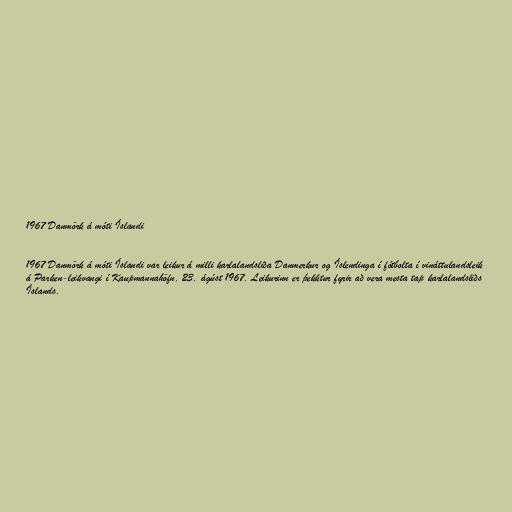
1967 Danmörk á móti Íslandi

1967 Danmörk á móti Íslandi var leikur á milli karlalandsliða Danmerkur og Íslendinga í fótbolta í vináttulandsleik
á Parken-leikvangi í Kaupmannahöfn, 23. ágúst 1967. Leikurinn er þekktur fyrir að vera mesta tap karlalandsliðs
Íslands.